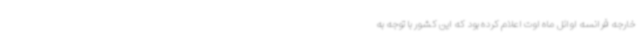
خارجه فرانسه اوائل ماه اوت اعلام کرده بود که این کشور با توجه به